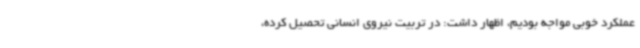
عملکرد خوبی مواجه بودیم، اظهار داشت: در تربیت نیروی انسانی تحصیل کرده،